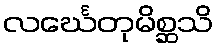
လင်္ဃေတုမိစ္ဆသိ